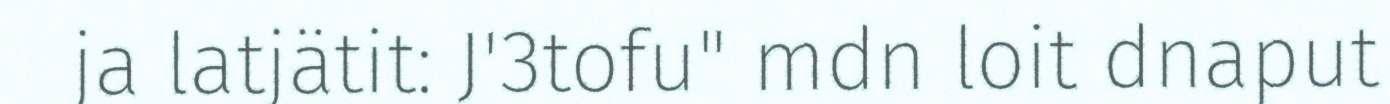
ja latjätit: J'3tofu" mdn loit dnaput